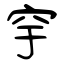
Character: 穻